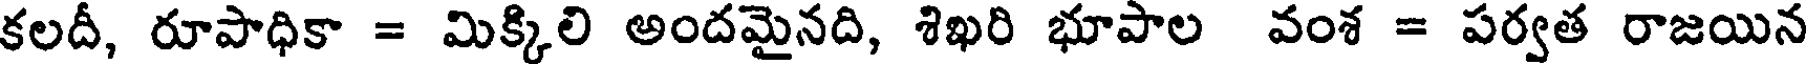
కలదీ, రూపాధికా = మిక్కిలి అందమైనది, శిఖరి భూపాల వంశ = పర్వత రాజయిన